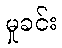
မှုခင်း